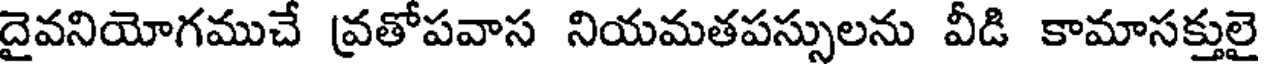
దైవనియోగముచే వ్రతోపవాస నియమతపస్సులను వీడి కామాసక్తులై